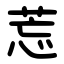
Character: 莣